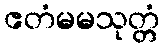
ဧတံမမသုတ္တံ